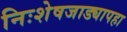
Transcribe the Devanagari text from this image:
निःशेषजाड्यापहा